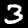
Digit: 3